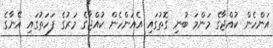
އަންހެން ކުއްޖާގެ މަންމަ ބުނި ގޮތުގައި އެއަންހެން ކުއްޖާގެ މަރުގެ ފަހަތުގައި އޭނާގެ